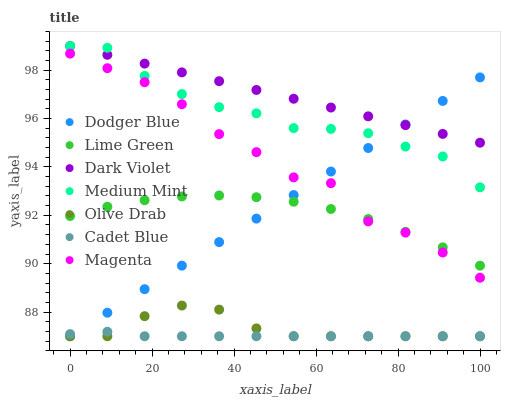
| xaxis_label | Dodger Blue | Lime Green | Dark Violet | Medium Mint | Olive Drab | Cadet Blue | Magenta |
 | --- | --- | --- | --- | --- | --- | --- | --- |
 | 0 | 87 | 92 | 99 | 99 | 87 | 87.1 | 98.7 |
 | 9.09 | 88 | 92.4 | 98.6 | 98.9 | 87 | 87.2 | 98.1 |
 | 18.2 | 88.9 | 92.6 | 98.3 | 97.8 | 87.8 | 87 | 97.5 |
 | 27.3 | 89.9 | 92.8 | 97.9 | 97 | 88.3 | 87 | 96.6 |
 | 36.4 | 90.9 | 92.8 | 97.5 | 96.5 | 88.1 | 87 | 95.4 |
 | 45.5 | 91.9 | 92.7 | 97.2 | 96.2 | 87.3 | 87 | 94.6 |
 | 54.5 | 92.8 | 92.6 | 96.8 | 95.6 | 87 | 87 | 93.6 |
 | 63.6 | 93.8 | 92.3 | 96.5 | 95.6 | 87 | 87 | 93.3 |
 | 72.7 | 94.8 | 91.8 | 96.1 | 95.4 | 87 | 87 | 91.7 |
 | 81.8 | 95.8 | 91.3 | 95.7 | 94.8 | 87 | 87 | 91.3 |
 | 90.9 | 96.7 | 90.7 | 95.4 | 94.4 | 87 | 87 | 90.5 |
 | 100 | 97.7 | 89.9 | 95 | 93.2 | 87 | 87 | 89.4 |